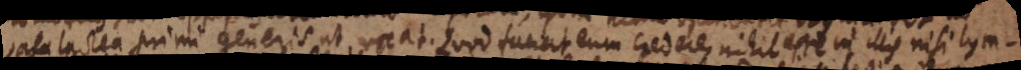
vasa lactea primi generis ut vocat. Quod faciat eum credere, nihil esse in illis nisi lym-